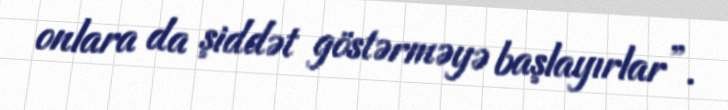
onlara da şiddət göstərməyə başlayırlar”.